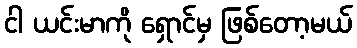
ငါ ယင်းမာကို ရှောင်မှ ဖြစ်တော့မယ်